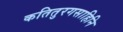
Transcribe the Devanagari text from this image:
कतितुरगसाहिनि